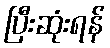
ပြီးဆုံးရန်